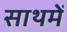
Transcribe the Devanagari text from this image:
साथमें